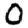
Digit: 0